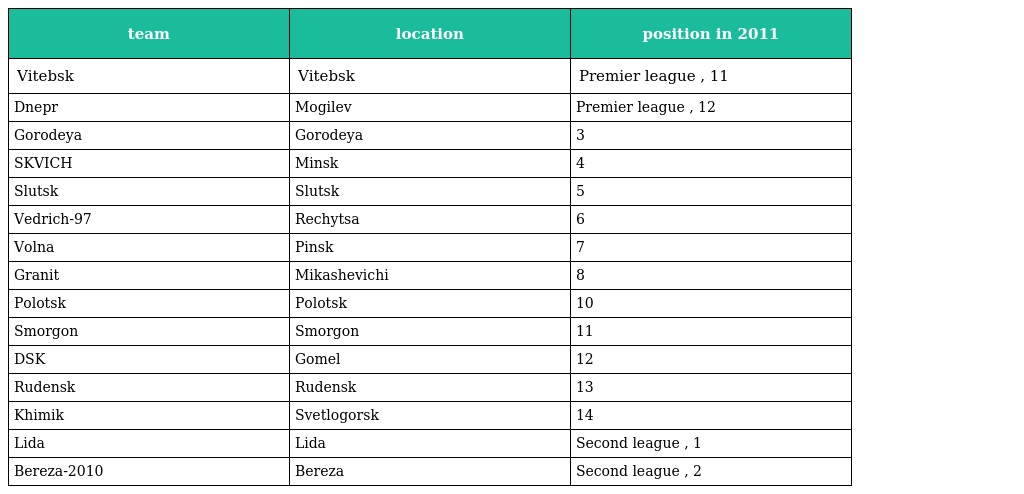
| team | location | position in 2011 |
 | --- | --- | --- |
 | Vitebsk | Vitebsk | Premier league , 11 |
 | Dnepr | Mogilev | Premier league , 12 |
 | Gorodeya | Gorodeya | 3 |
 | SKVICH | Minsk | 4 |
 | Slutsk | Slutsk | 5 |
 | Vedrich-97 | Rechytsa | 6 |
 | Volna | Pinsk | 7 |
 | Granit | Mikashevichi | 8 |
 | Polotsk | Polotsk | 10 |
 | Smorgon | Smorgon | 11 |
 | DSK | Gomel | 12 |
 | Rudensk | Rudensk | 13 |
 | Khimik | Svetlogorsk | 14 |
 | Lida | Lida | Second league , 1 |
 | Bereza-2010 | Bereza | Second league , 2 |